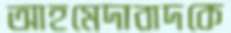
আহমেদাবাদকে